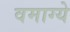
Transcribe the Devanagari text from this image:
वमाग्ये